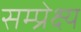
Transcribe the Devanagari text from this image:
सम्प्रेक्ष्य